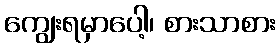
ကျွေးရမှာပေါ့၊ စားသာစား